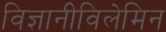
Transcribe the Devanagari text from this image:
विज्ञानीविलेमिन